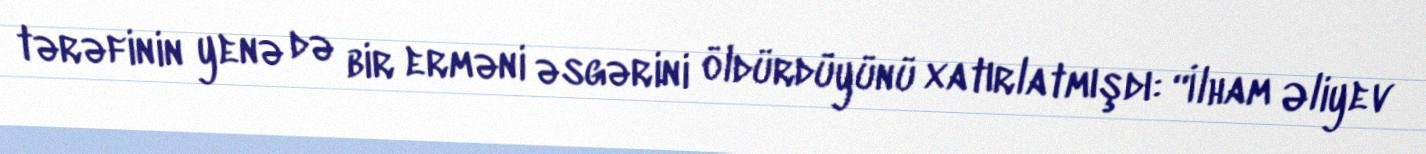
tərəfinin yenə də bir erməni əsgərini öldürdüyünü xatırlatmışdı: “İlham Əliyev